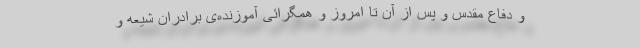
و دفاع مقدس و پس از آن تا امروز و همگرائی آموزنده‌ی برادران شیعه و